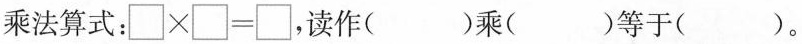
乘法算式：$$\Box \times \Box = \Box$$，读作()乘()等于()。